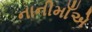
નાનીમાઁએ